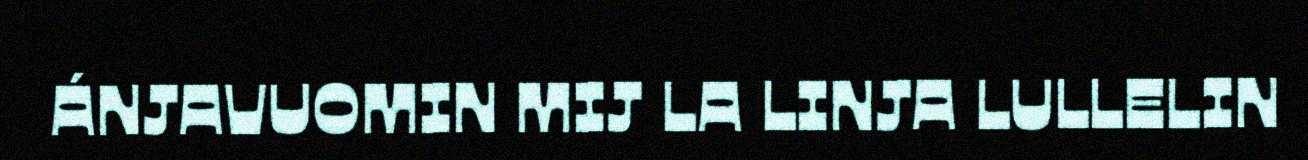
ÁNJAVUOMIN MIJ LA LINJA LULLELIN